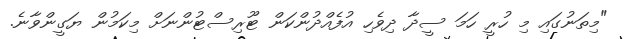
"މިތަނުގައި މި ހުރީ ހަމަ ސީދާ ދިވެހި އުފެއްދުންކަން ޓޫރިސްޓުންނަށް މިކަމުން ޔަގީންވާނެ.